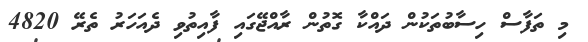
މި ތަފާސް ހިސާބުތަކުން ދައްކާ ގޮތުން ރާއްޖޭގައި ފާއިތުވި ދެއަހަރު ތެރޭ 4820